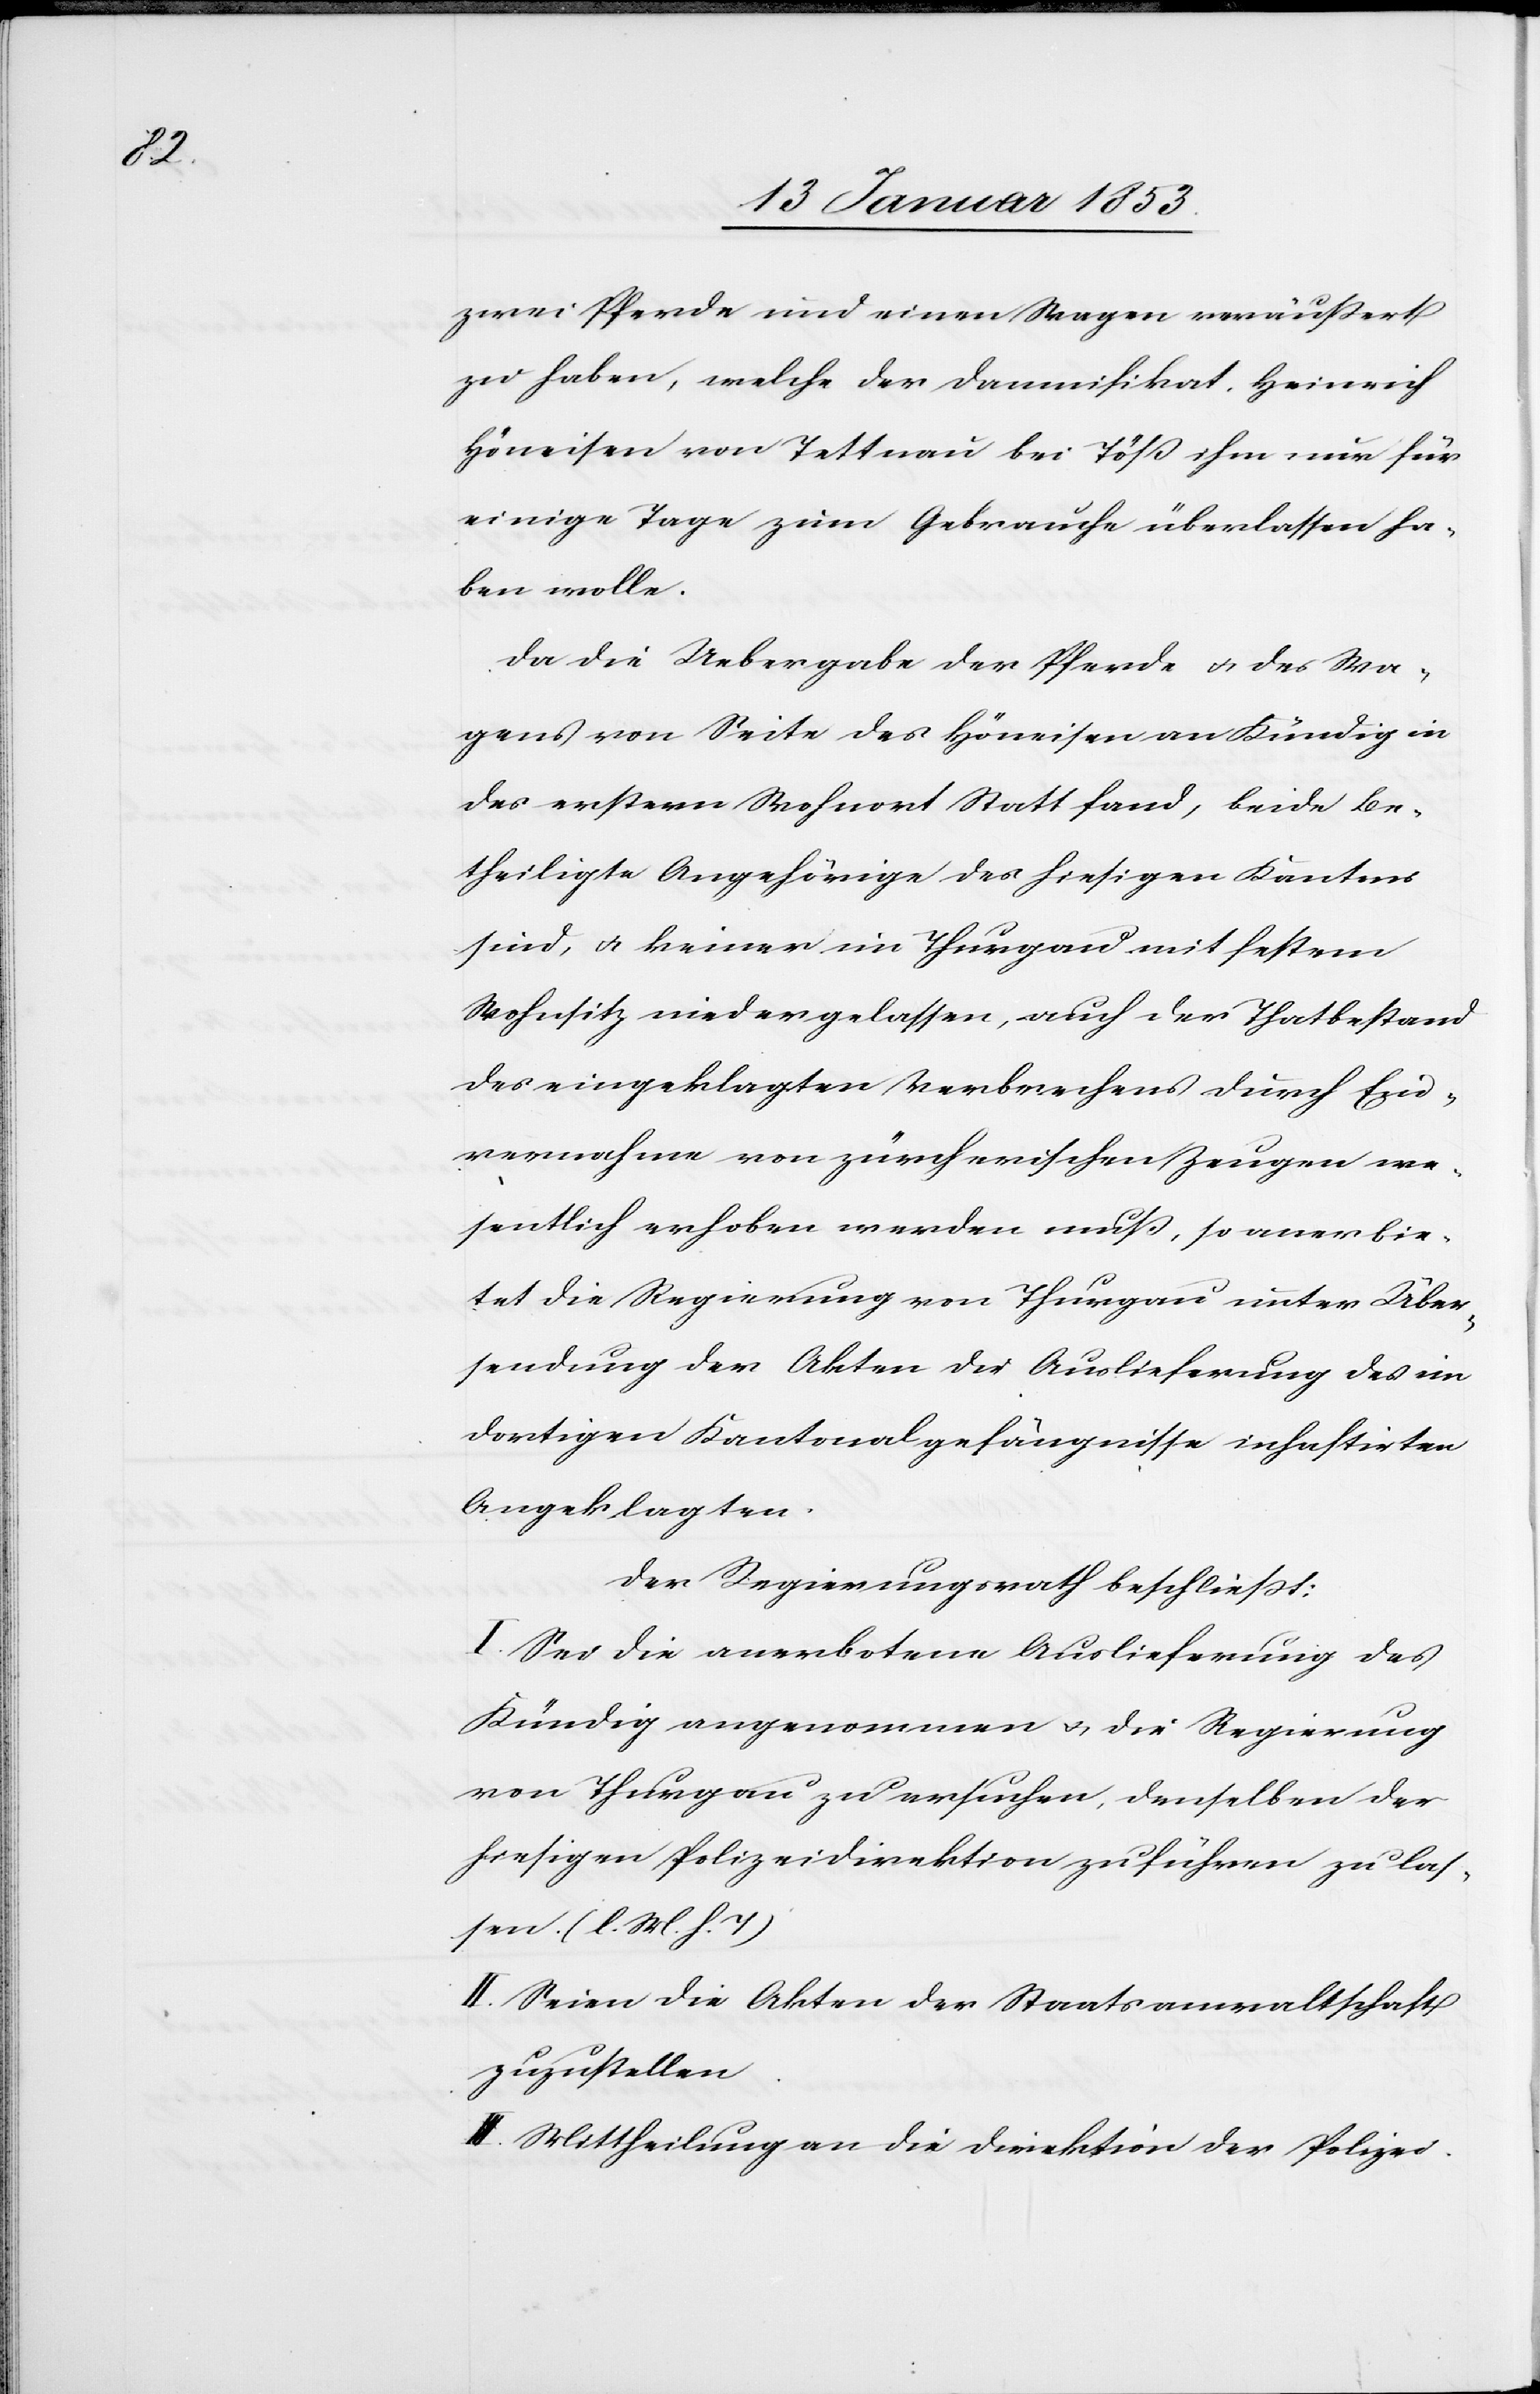
zwei Pferde und einen Wagen veräußert
zu haben, welche der Damnifikat Heinrich
Höneisen von Tettnau bei Töß ihm nur für
einige Tage zum Gebrauche überlassen ha¬
ben wolle.
Da die Uebergabe der Pferde u. des Wa¬
gens von Seite des Höneisen an Kündig in
des erstern Wohnort Statt fand, beide be¬
theiligten Angehörige des hiesigen Kantons
sind, u. keiner im Thurgau mit festem
Wohnsitz niedergelassen, auch der Thatbestand
des eingeklagten Verbrechers durch Ein¬
vernahme von zürcherschen Zeugen we¬
sentlich erhoben werden muß, so anerbie¬
tet die Regierung von Thurgau unter Über¬
sendung der Akten die Auslieferung des im
dortigen Kantonalgefängnisse inhaftirten
Angeklagten.
Der Regierungsrath beschliesst:
I. Sei die anerbotene Auslieferung des
Kündig angenommen u. die Regierung
von Thurgau zu ersuchen, denselben der
hiesigen Polizeidirektion zuführen zu las¬
sen [l. M. h. T]
II. Seien die Akten der Staatsanwaltschaft
zuzustellen.
III. Mittheilung an die Direktion der Polizei.